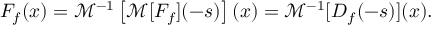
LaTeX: F _ { f } ( x ) = { \mathcal { M } } ^ { - 1 } \left[ { \mathcal { M } } [ F _ { f } ] ( - s ) \right] ( x ) = { \mathcal { M } } ^ { - 1 } [ D _ { f } ( - s ) ] ( x ) .